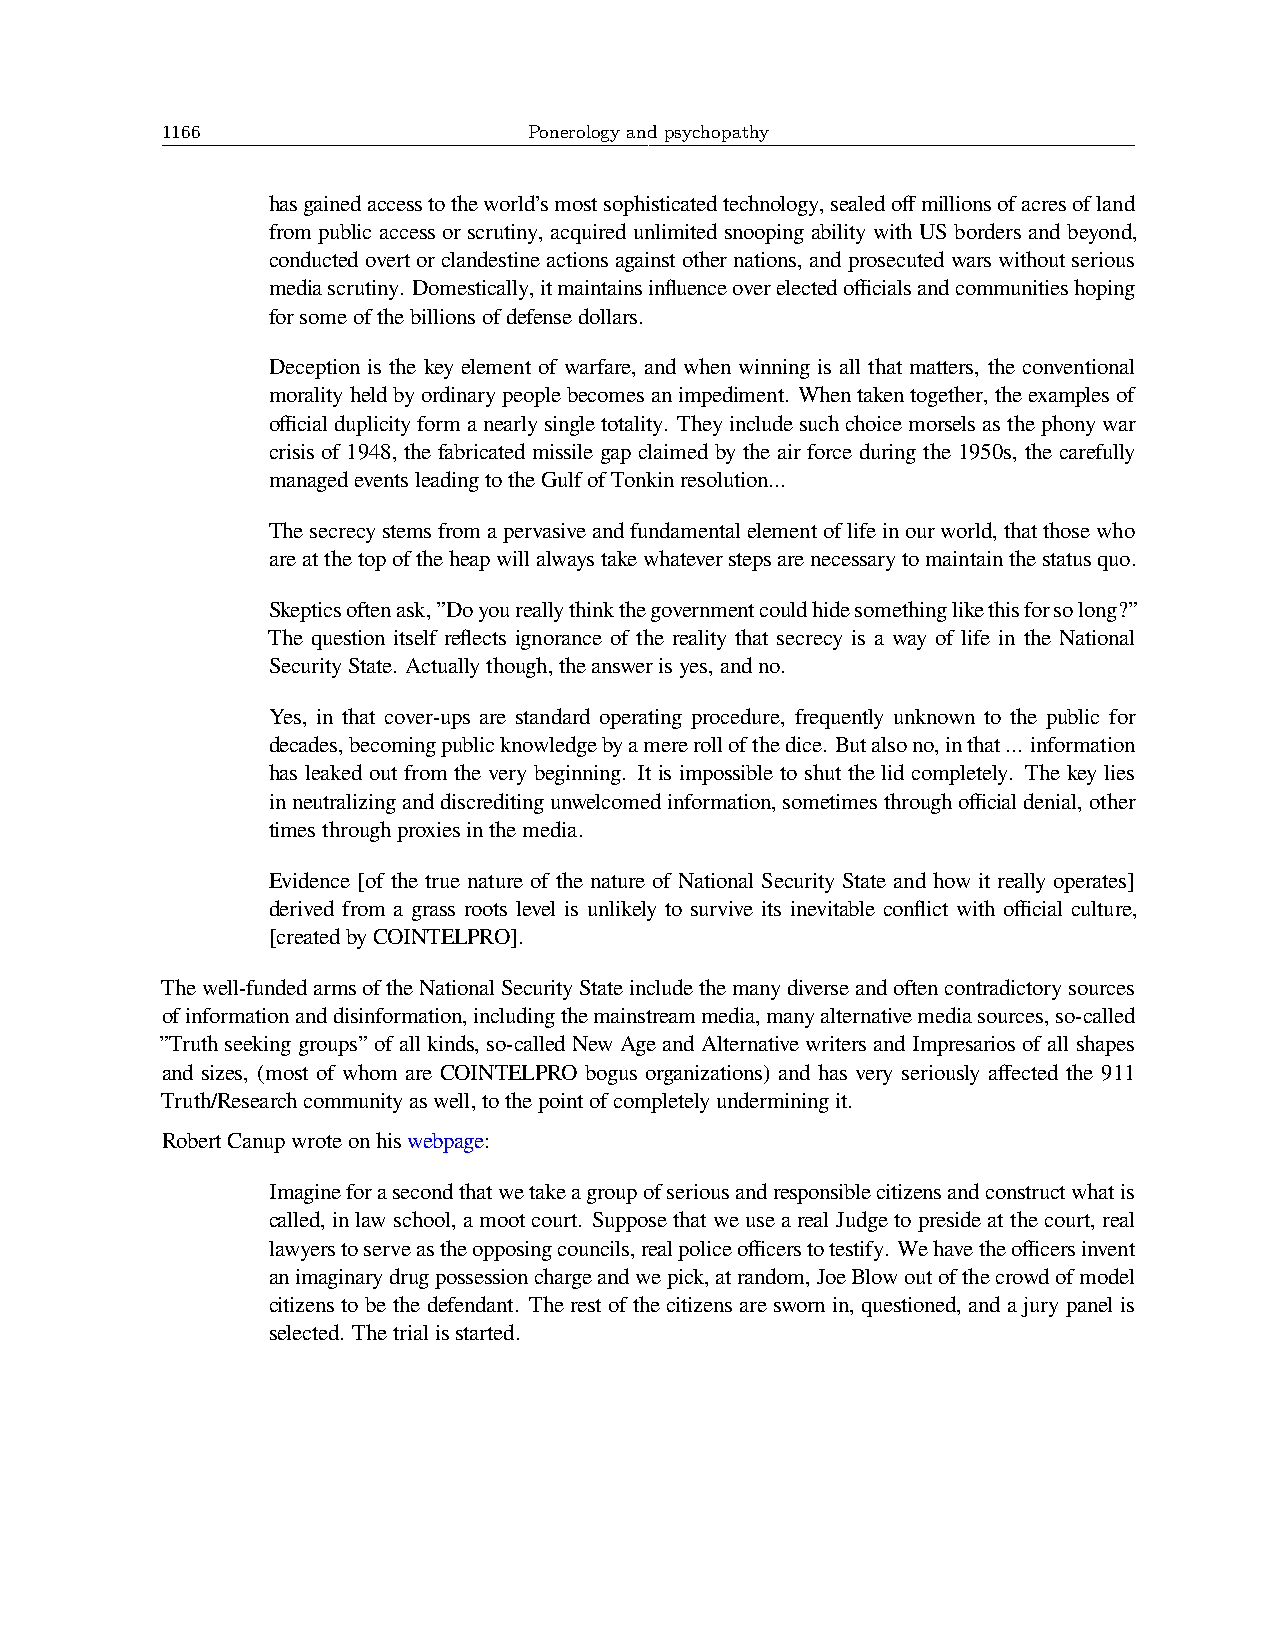
1166                    Ponerology and psychopathy
 hasgainedaccesstotheworld’smostsophisticatedtechnology,sealedoffmillionsofacresofland
 from public access or scrutiny, acquired unlimited snooping ability with US borders and beyond,
 conductedovertorclandestineactionsagainstothernations, andprosecutedwarswithoutserious
 mediascrutiny. Domestically,itmaintainsinfluenceoverelectedofficialsandcommunitieshoping
 forsomeofthebillionsofdefensedollars.
 Deception is the key element of warfare, and when winning is all that matters, the conventional
 moralityheldbyordinarypeoplebecomesanimpediment. Whentakentogether,theexamplesof
 officialduplicityformanearlysingletotality. Theyincludesuchchoicemorselsasthephonywar
 crisis of 1948, the fabricated missile gap claimed by the air force during the 1950s, the carefully
 managedeventsleadingtotheGulfofTonkinresolution...
 Thesecrecystemsfromapervasiveandfundamentalelementoflifeinourworld,thatthosewho
 areatthetopoftheheapwillalwaystakewhateverstepsarenecessarytomaintainthestatusquo.
 Skepticsoftenask,”Doyoureallythinkthegovernmentcouldhidesomethinglikethisforsolong?”
 The question itself reflects ignorance of the reality that secrecy is a way of life in the National
 SecurityState. Actuallythough,theanswerisyes,andno.
 Yes, in that cover-ups are standard operating procedure, frequently unknown to the public for
 decades,becomingpublicknowledgebyamererollofthedice. Butalsono,inthat... information
 has leaked out from the very beginning. It is impossible to shut the lid completely. The key lies
 inneutralizinganddiscreditingunwelcomedinformation,sometimesthroughofficialdenial,other
 timesthroughproxiesinthemedia.
 Evidence [of the true nature of the nature of National Security State and how it really operates]
 derived from a grass roots level is unlikely to survive its inevitable conflict with official culture,
 [createdbyCOINTELPRO].
 Thewell-fundedarmsoftheNationalSecurityStateincludethemanydiverseandoftencontradictorysources
 ofinformationanddisinformation,includingthemainstreammedia,manyalternativemediasources,so-called
 ”Truthseekinggroups”ofallkinds, so-calledNewAgeandAlternativewritersandImpresariosofallshapes
 and sizes, (most of whom are COINTELPRO bogus organizations) and has very seriously affected the 911
 Truth/Researchcommunityaswell,tothepointofcompletelyunderminingit.
 RobertCanupwroteonhiswebpage:
 Imagineforasecondthatwetakeagroupofseriousandresponsiblecitizensandconstructwhatis
 called, inlawschool, a mootcourt. Supposethatweusea realJudgetopresideatthecourt, real
 lawyerstoserveastheopposingcouncils,realpoliceofficerstotestify. Wehavetheofficersinvent
 animaginarydrugpossessionchargeandwepick,atrandom,JoeBlowoutofthecrowdofmodel
 citizens to be the defendant. The rest of the citizens are sworn in, questioned, and a jury panel is
 selected. Thetrialisstarted.